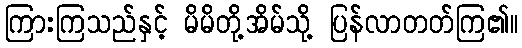
ကြားကြသည်နှင့် မိမိတို့အိမ်သို့ ပြန်လာတတ်ကြ၏။